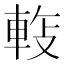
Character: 𬧵